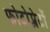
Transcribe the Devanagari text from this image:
फोटोप्लेटों